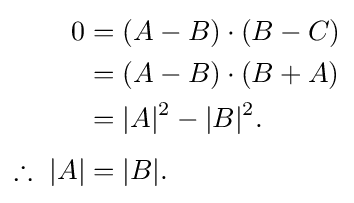
{\begin{aligned}0&=(A-B)\cdot (B-C)\\&=(A-B)\cdot (B+A)\\&=|A|^{2}-|B|^{2}.\\[4pt]\therefore \ |A|&=|B|.\end{aligned}}